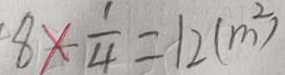
8 \times \frac { 1 } { 4 } = 1 2 ( m ^ { 2 } )